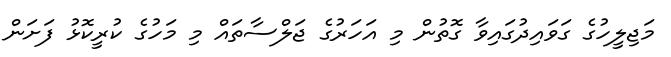
މަޖިލީހުގެ ގަވައިދުގައިވާ ގޮތުން މި އަހަރުގެ ޖަލްސާތައް މި މަހުގެ ކުރީކޮޅު ފަށަން